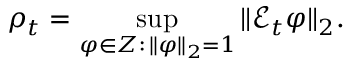
\rho _ { t } = \operatorname* { s u p } _ { \varphi \in Z : \, \| \varphi \| _ { 2 } = 1 } \| { \mathcal { E } } _ { t } \varphi \| _ { 2 } .